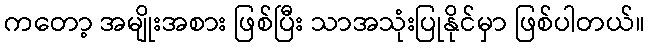
ကတော့ အမျိုးအစား ဖြစ်ပြီး သာအသုံးပြုနိုင်မှာ ဖြစ်ပါတယ်။